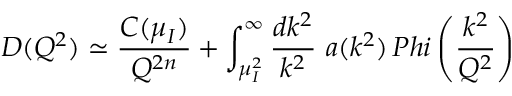
D ( Q ^ { 2 } ) \simeq { \frac { C ( \mu _ { I } ) } { Q ^ { 2 n } } } + \int _ { \mu _ { I } ^ { 2 } } ^ { \infty } { \frac { d k ^ { 2 } } { k ^ { 2 } } } \ a ( k ^ { 2 } ) \, P h i \left( { \frac { k ^ { 2 } } { Q ^ { 2 } } } \right)